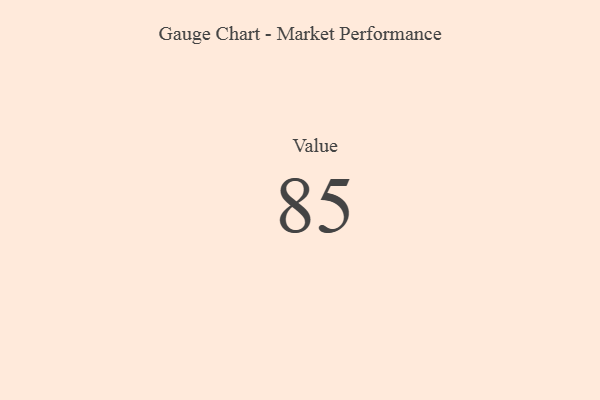
{"axis": {"x": "Metric", "y": "Value"}, "legend": [""], "data": [{"x": "Value", "y": 85, "type": ""}]}